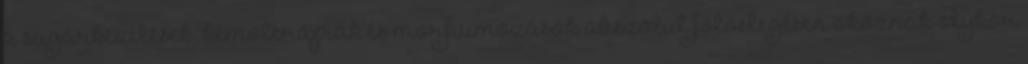
a sugárkezelések, kemoterápiák és morfiumozások abszolút fölöslegesen okoznak olykor